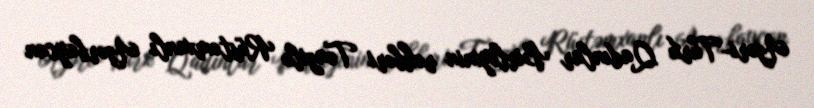
Azəri-Türk Qadınlar Birliyinin rəhbəri Tənzilə Rüstəmxanlı Azərbaycan